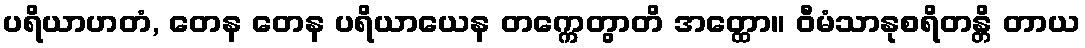
ပရိယာဟတံ, တေန တေန ပရိယာယေန တက္ကေတွာတိ အတ္ထော။ ဝီမံသာနုစရိတန္တိ တာယ